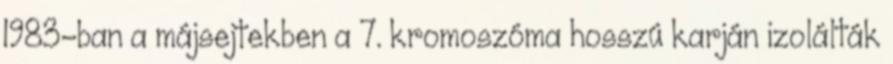
1983-ban a májsejtekben a 7. kromoszóma hosszú karján izolálták